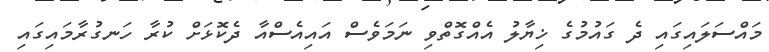
މައްސަލައިގައި ދެ ގައުުމުގެ ޚިޔާލު އެއްގޮތްވި ނަމަވެސް އައިއެސްއާ ދެކޮޅަށް ކުރާ ހަނގުރާމައިގައި